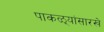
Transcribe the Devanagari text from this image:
पाकळ्यांसारखे